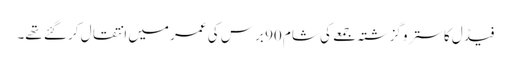
فیڈل کاسترو گزشتہ جمعے کی شام 90 برس کی عمر میں انتقال کر گئے تھے۔